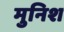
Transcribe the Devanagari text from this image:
मुनिश